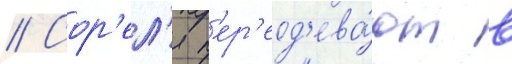
// Сор'ел'я п'ер'еод'ева́ют в